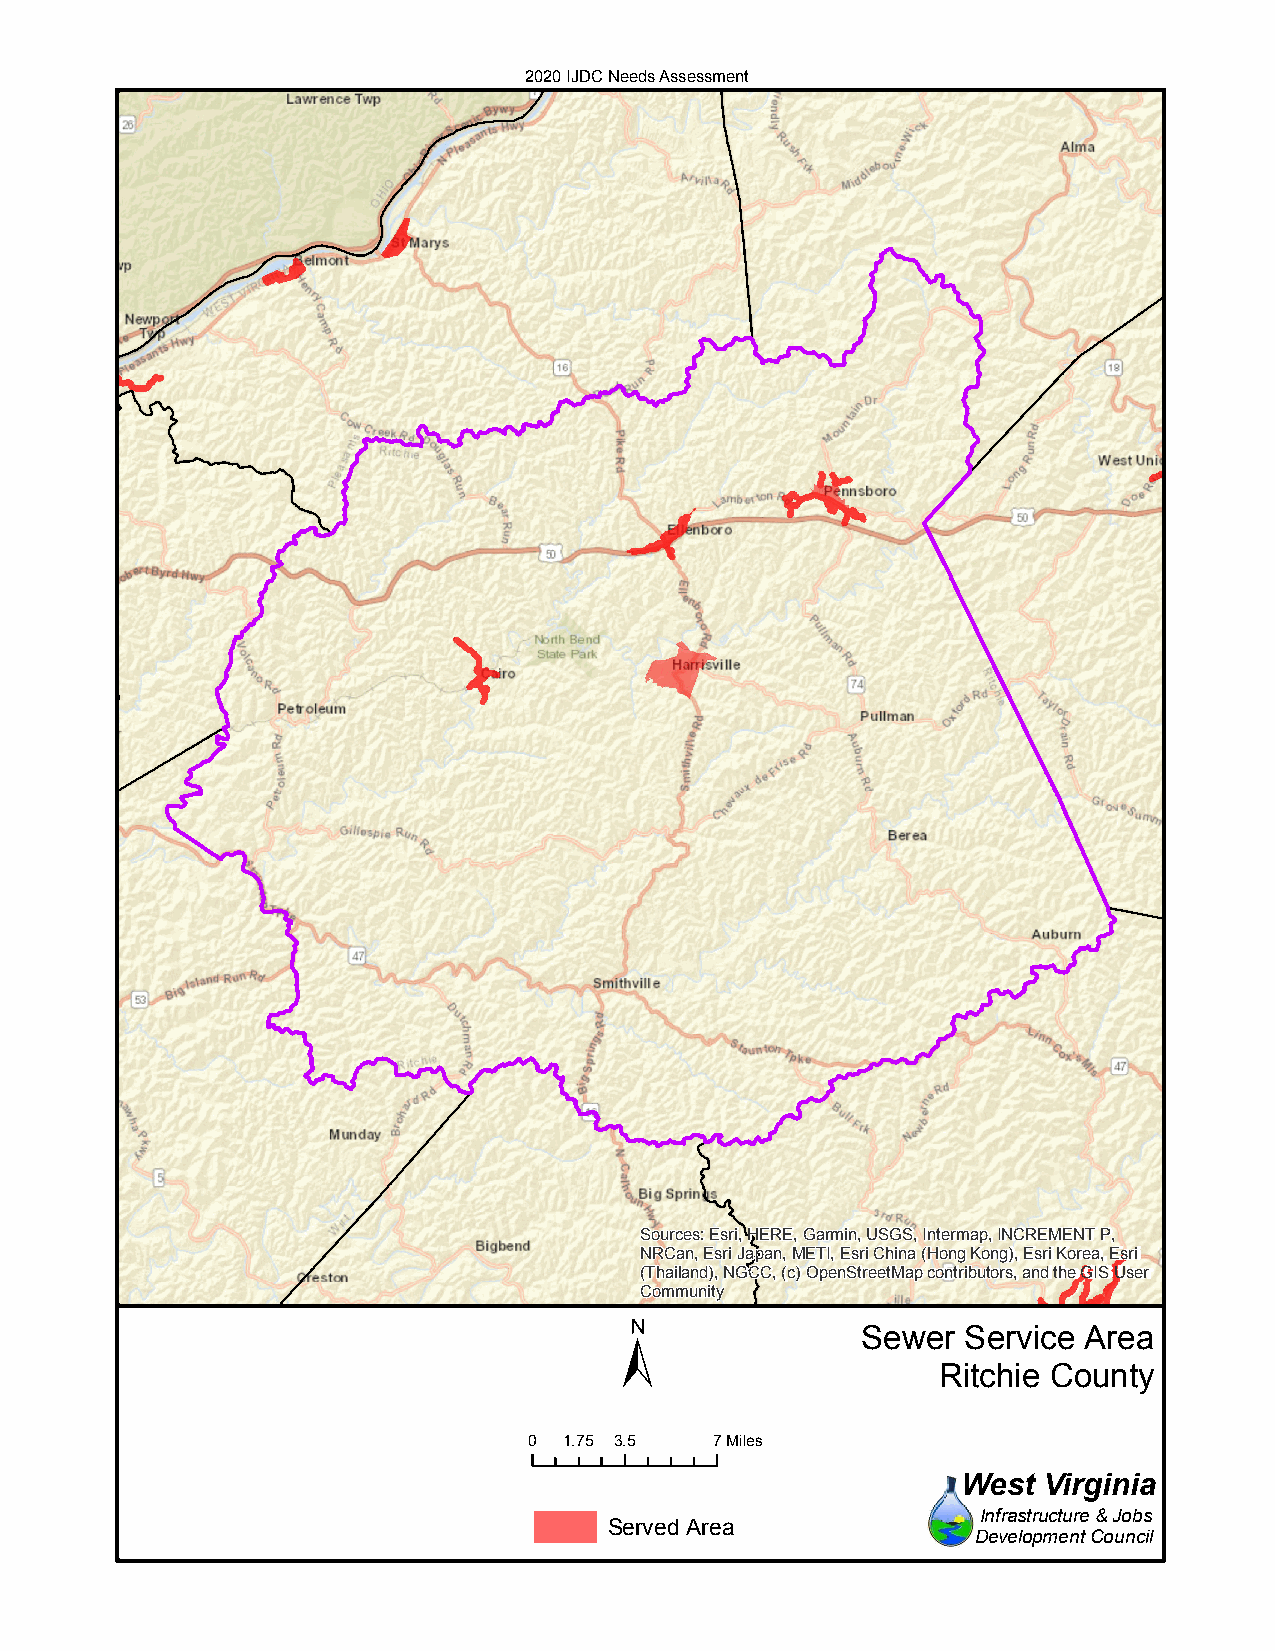
2020 IJDC Needs Assessment
 Sources: Esri, HERE, Garmin, USGS, Intermap, INCREMENT P,
 NRCan, Esri Japan, METI, Esri China (Hong Kong), Esri Korea, Esri
 (Thailand), NGCC, (c) OpenStreetMap contributors, and the GIS User
 Community
 ±
 Sewer  Service Area
 Ritchie County
 0 1.75 3.5  7Miles
 West Virginia
 Infrastructure & Jobs
 Served Area
 Development Council